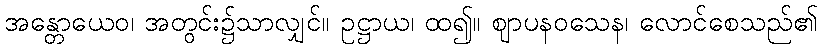
အန္တောယေဝ၊ အတွင်း၌သာလျှင်။ ဥဋ္ဌာယ၊ ထ၍။ ဈာပနဝသေန၊ လောင်စေသည်၏